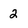
Character: 2